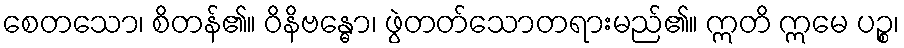
စေတသော၊ စိတန်၏။ ဝိနိဗန္ဓော၊ ဖွဲတတ်သောတရားမည်၏။ ဣတိ ဣမေ ပဉ္စ၊